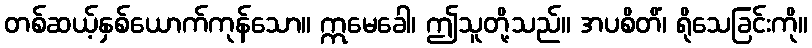
တစ်ဆယ့်နှစ်ယောက်ကုန်သော။ ဣမေခေါ၊ ဤသူတို့သည်။ အပစိတိံ၊ ရိုသေခြင်းကို။